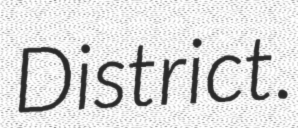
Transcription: District.